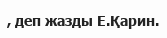
, деп жазды Е.Қарин.